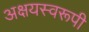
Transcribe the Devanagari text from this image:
अक्षयस्वरूपी